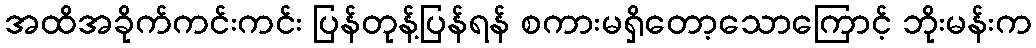
အထိအခိုက်ကင်းကင်း ပြန်တုန့်ပြန်ရန် စကားမရှိတော့သောကြောင့် ဘိုးမန်းက